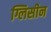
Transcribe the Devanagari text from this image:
ग्लिसीन